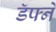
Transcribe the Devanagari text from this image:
डॅफ्ने